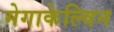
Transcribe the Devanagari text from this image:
मेगाकेल्विन